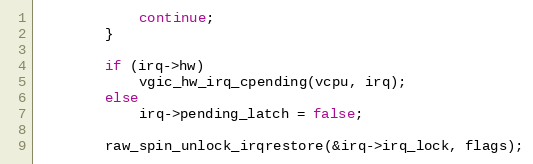
Language: C
			continue;
		}

		if (irq->hw)
			vgic_hw_irq_cpending(vcpu, irq);
		else
			irq->pending_latch = false;

		raw_spin_unlock_irqrestore(&irq->irq_lock, flags);